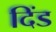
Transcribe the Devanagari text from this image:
दिंड